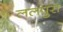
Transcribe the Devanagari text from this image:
ललपुरा